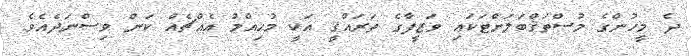
ދެ މީހުންގެ މުސްތަޤްބަލަށްޓަކައި ވަޒީފާގެ ތަރައްޤީ އަކީ މުހިއްމު އެއްޗެއް ކަން ވިސްނަދެއެވެ.